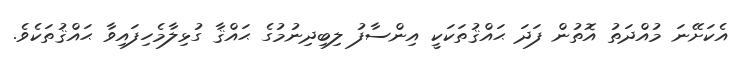
އެކަށޭނަ މުއްދަތު އޮތުން ފަދަ ޙައްޤުތަކަކީ އިންސާފު ލިބިދިނުމުގެ ޙައްޤާ ގުޅިލާމެހިފައިވާ ޙައްޤުތަކެވެ.